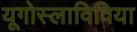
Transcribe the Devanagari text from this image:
यूगोस्लाविविया